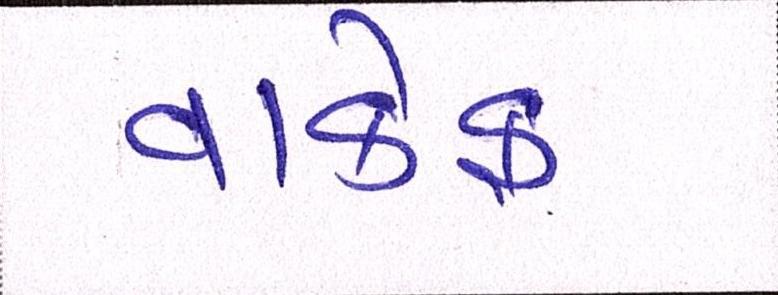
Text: વાકેફ